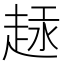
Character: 𫎶